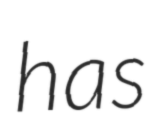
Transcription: has